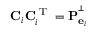
\mathbf { C } _ { i } \mathbf { C } _ { i } ^ { \textrm { T } } = \mathbf { P } _ { \mathbf { e } _ { i } } ^ { ^ { \perp } }